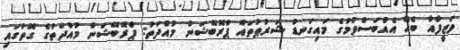
ވަޒީފާއާ ބެހޭ އެއްބަސްވުމުގެ މައިގަނޑު ޝަރުޠުތައް ޕްރޮބޭޝަން މުއްދަތު: ޕްރޮބޭޝަން މުއްދަތުގެ ގޮތުގައި